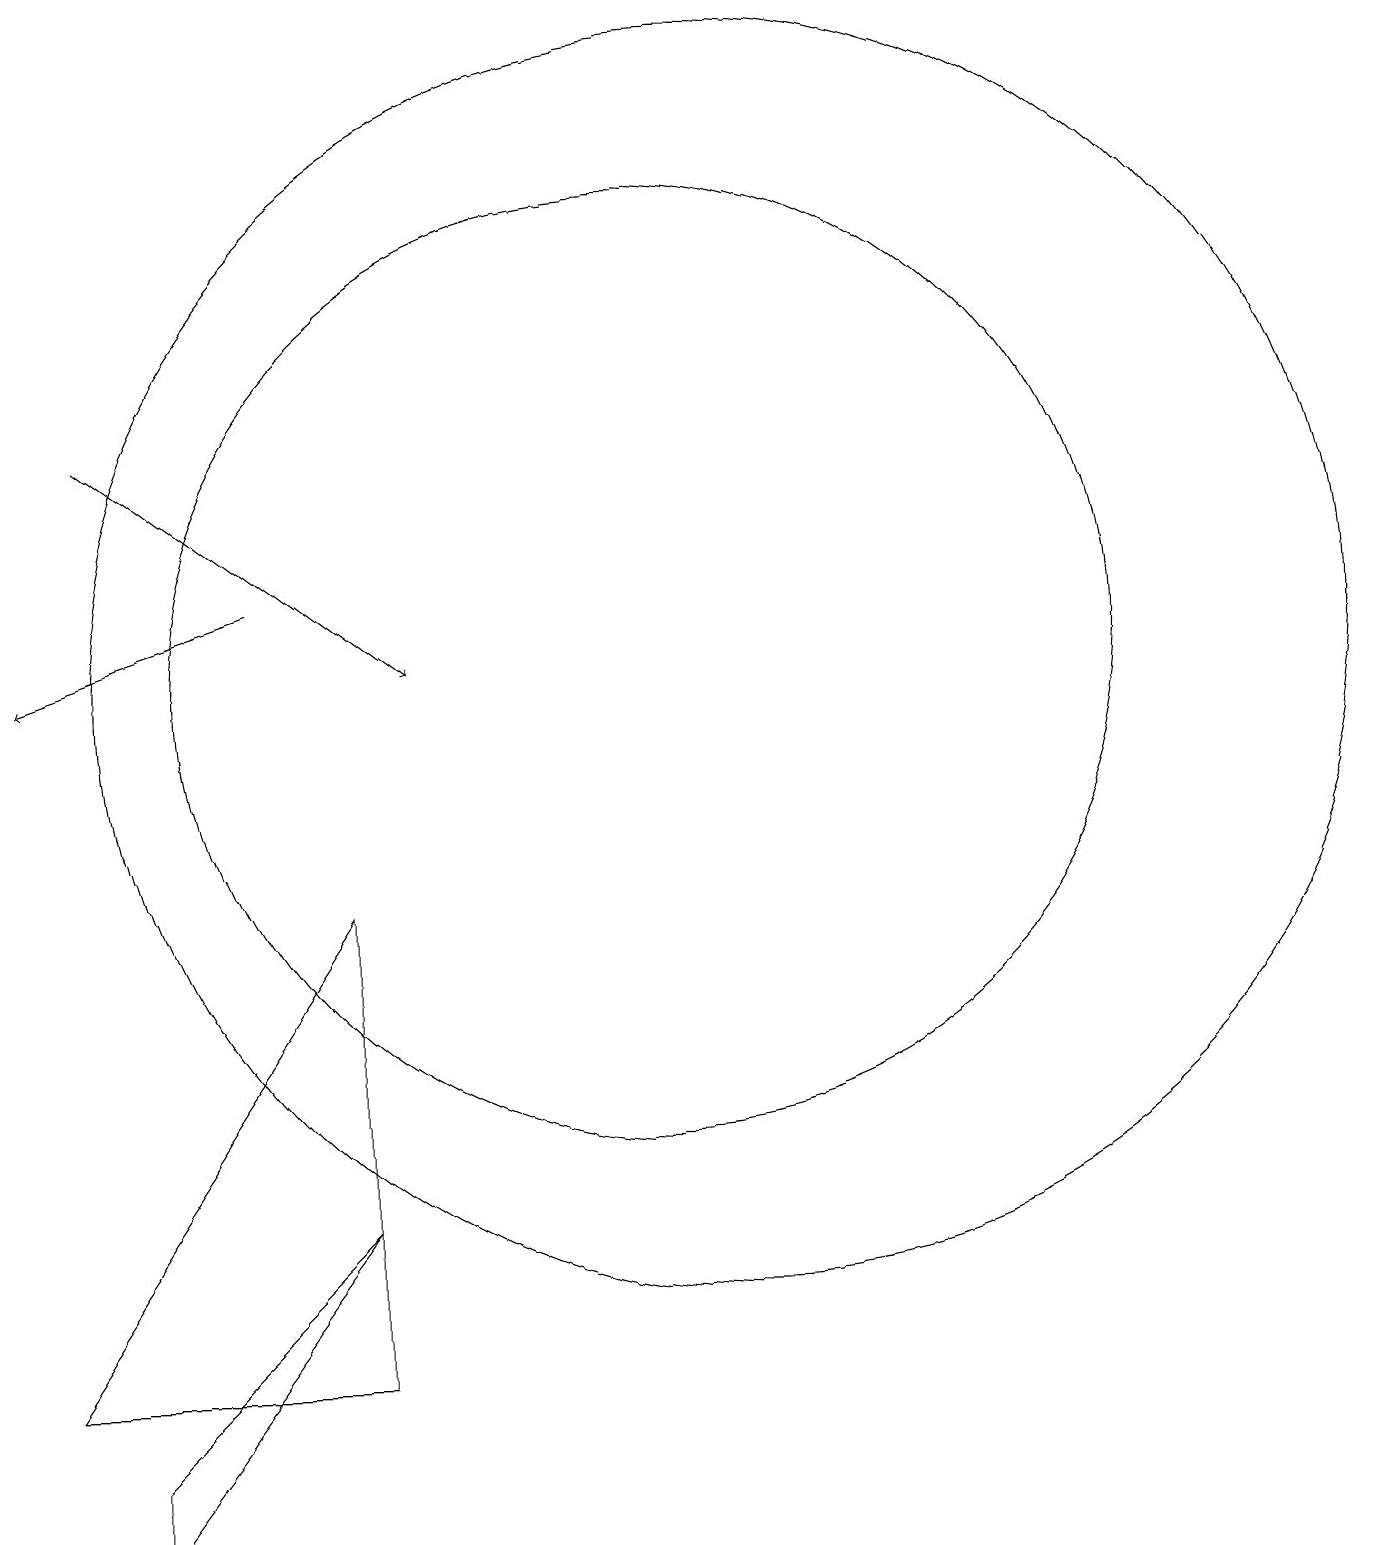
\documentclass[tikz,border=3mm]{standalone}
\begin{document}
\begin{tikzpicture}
\draw (10,11) circle (6);
\draw[->] (3,14) -- (7,11);
\draw (3,1) -- (3,0) -- (6,4) -- cycle;
\draw (6,2) -- (2,2) -- (6,8) -- cycle;
\draw (11,11) circle (8);
\draw[->] (5,12) -- (2,11);
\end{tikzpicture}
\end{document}